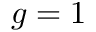
g = 1